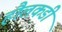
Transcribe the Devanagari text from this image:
हौलकडी